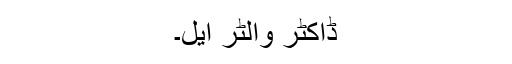
ڈاکٹر والٹر ایل۔